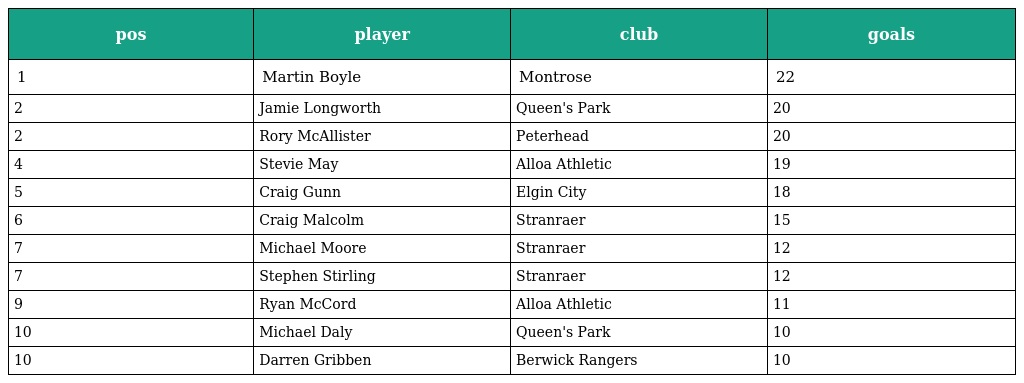
| pos | player | club | goals |
 | --- | --- | --- | --- |
 | 1 | Martin Boyle | Montrose | 22 |
 | 2 | Jamie Longworth | Queen's Park | 20 |
 | 2 | Rory McAllister | Peterhead | 20 |
 | 4 | Stevie May | Alloa Athletic | 19 |
 | 5 | Craig Gunn | Elgin City | 18 |
 | 6 | Craig Malcolm | Stranraer | 15 |
 | 7 | Michael Moore | Stranraer | 12 |
 | 7 | Stephen Stirling | Stranraer | 12 |
 | 9 | Ryan McCord | Alloa Athletic | 11 |
 | 10 | Michael Daly | Queen's Park | 10 |
 | 10 | Darren Gribben | Berwick Rangers | 10 |